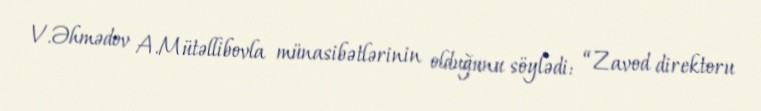
V.Əhmədov A.Mütəllibovla münasibətlərinin olduğunu söylədi: “Zavod direktoru